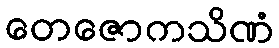
တေဇောကသိဏံ